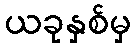
ယခုနှစ်မှ